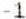
-1